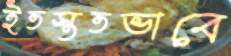
ইতস্ততভাবে